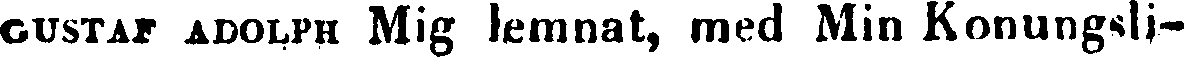
GUSTAF ADOLPH Mig lemnat, med Min Konungsli-